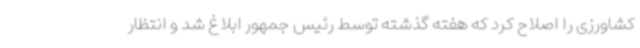
کشاورزی را اصلاح کرد که هفته گذشته توسط رئیس جمهور ابلاغ شد و انتظار